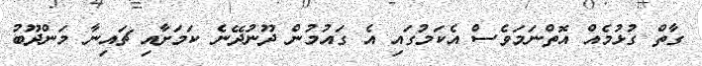
ގާތް ގުޅުމެއް އޮތްނަމަވެސް އެކަމުގައި އެ ގައުމުން ދޫނުދޭނެ ކަމަށާއި ޗައިނާ މަންދޫބު